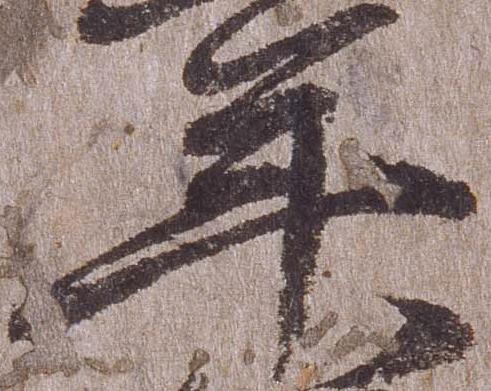
年